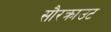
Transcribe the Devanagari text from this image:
सौरक्राउट